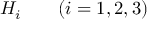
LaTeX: H _ { i } \qquad ( i = 1 , 2 , 3 )